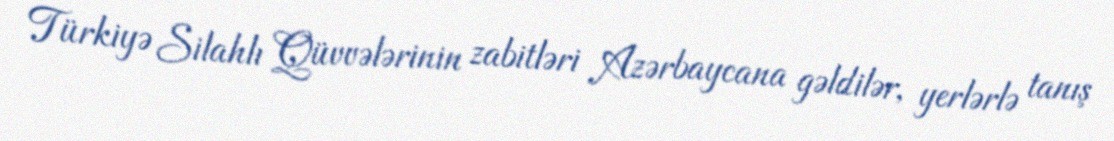
Türkiyə Silahlı Qüvvələrinin zabitləri Azərbaycana gəldilər, yerlərlə tanış